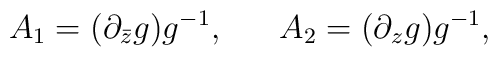
A_1 = (\partial_{\bar z} g)g^{-1}, \ \ \ \ \   A_2= (\partial_z g)g^{-1},